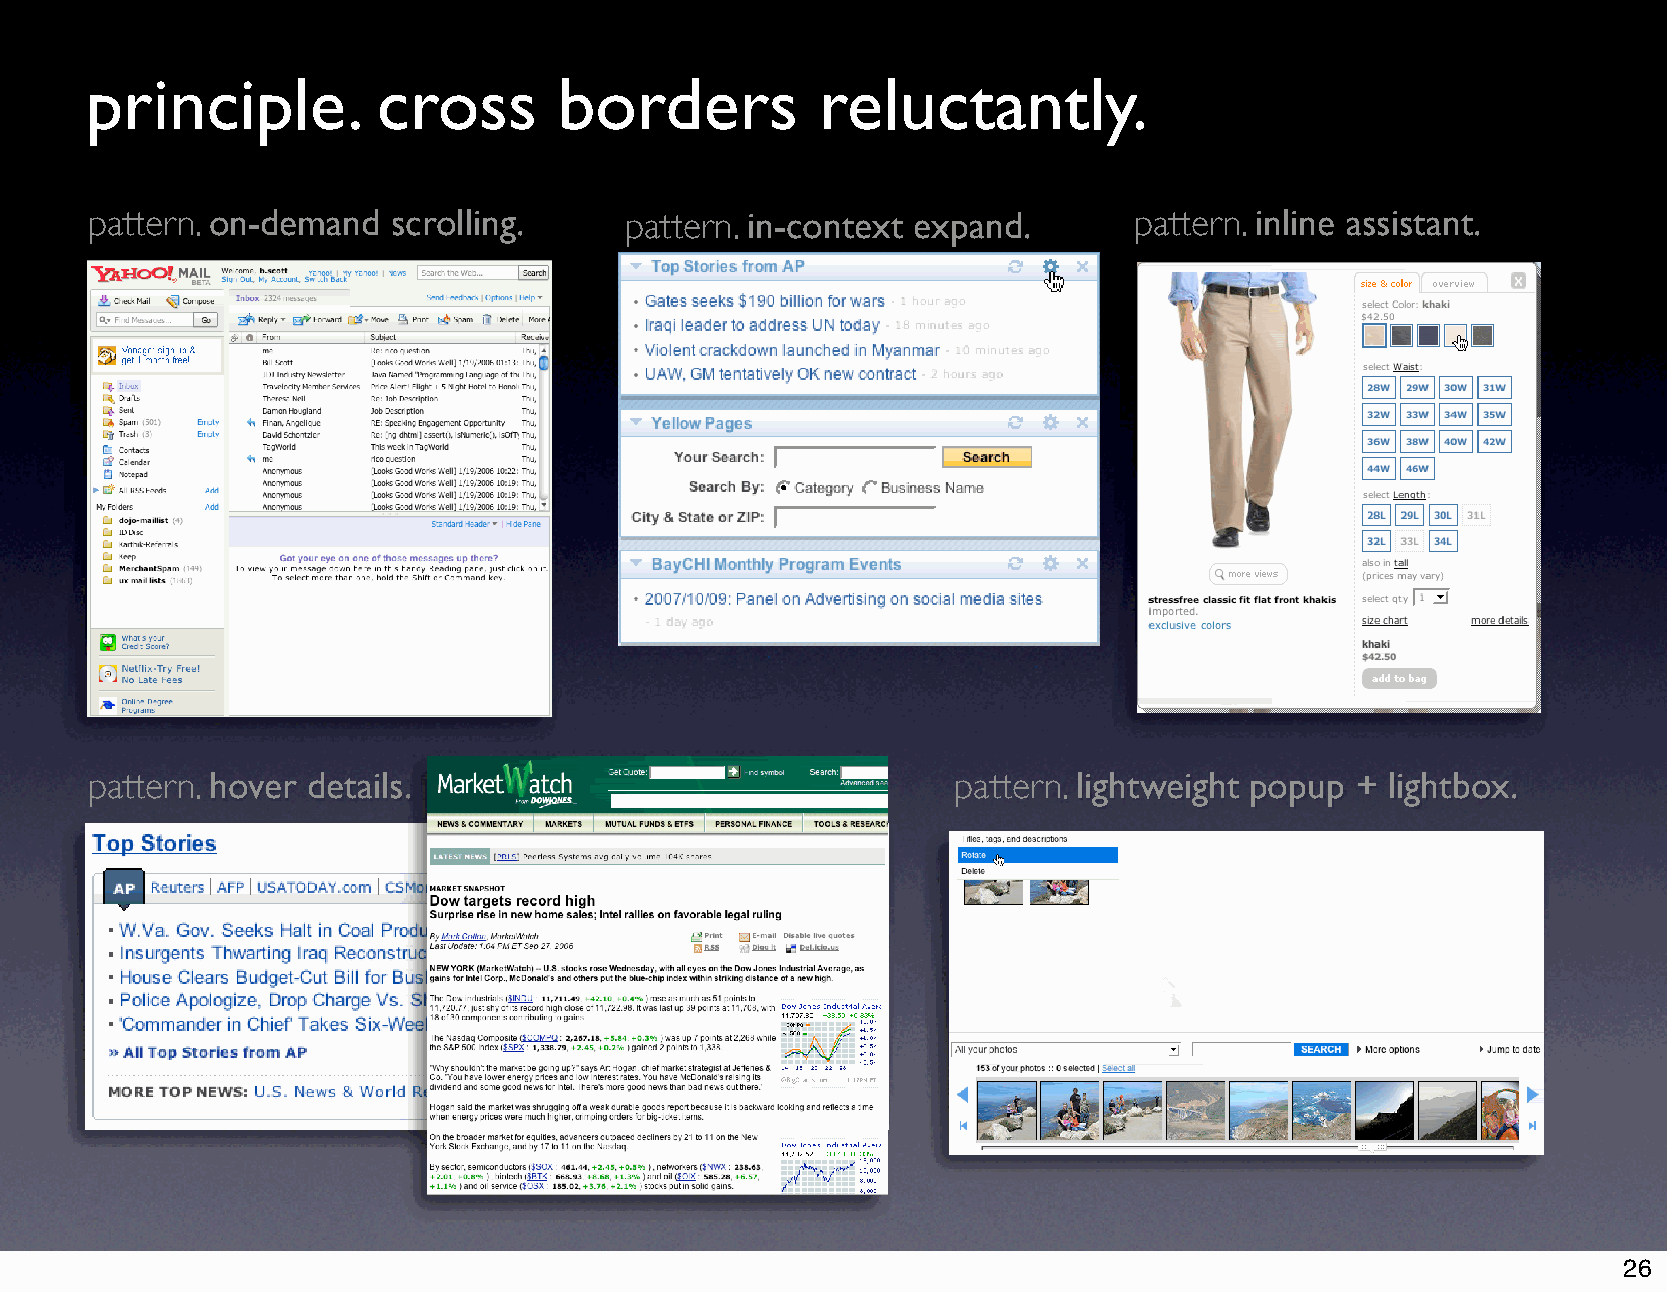
principle.         cross       borders          reluctantly.
 pattern. on-demand  scrolling.     pattern. in-context expand.       pattern. inline assistant.
 pattern. hover details.                                  pattern. lightweight popup + lightbox.
 26